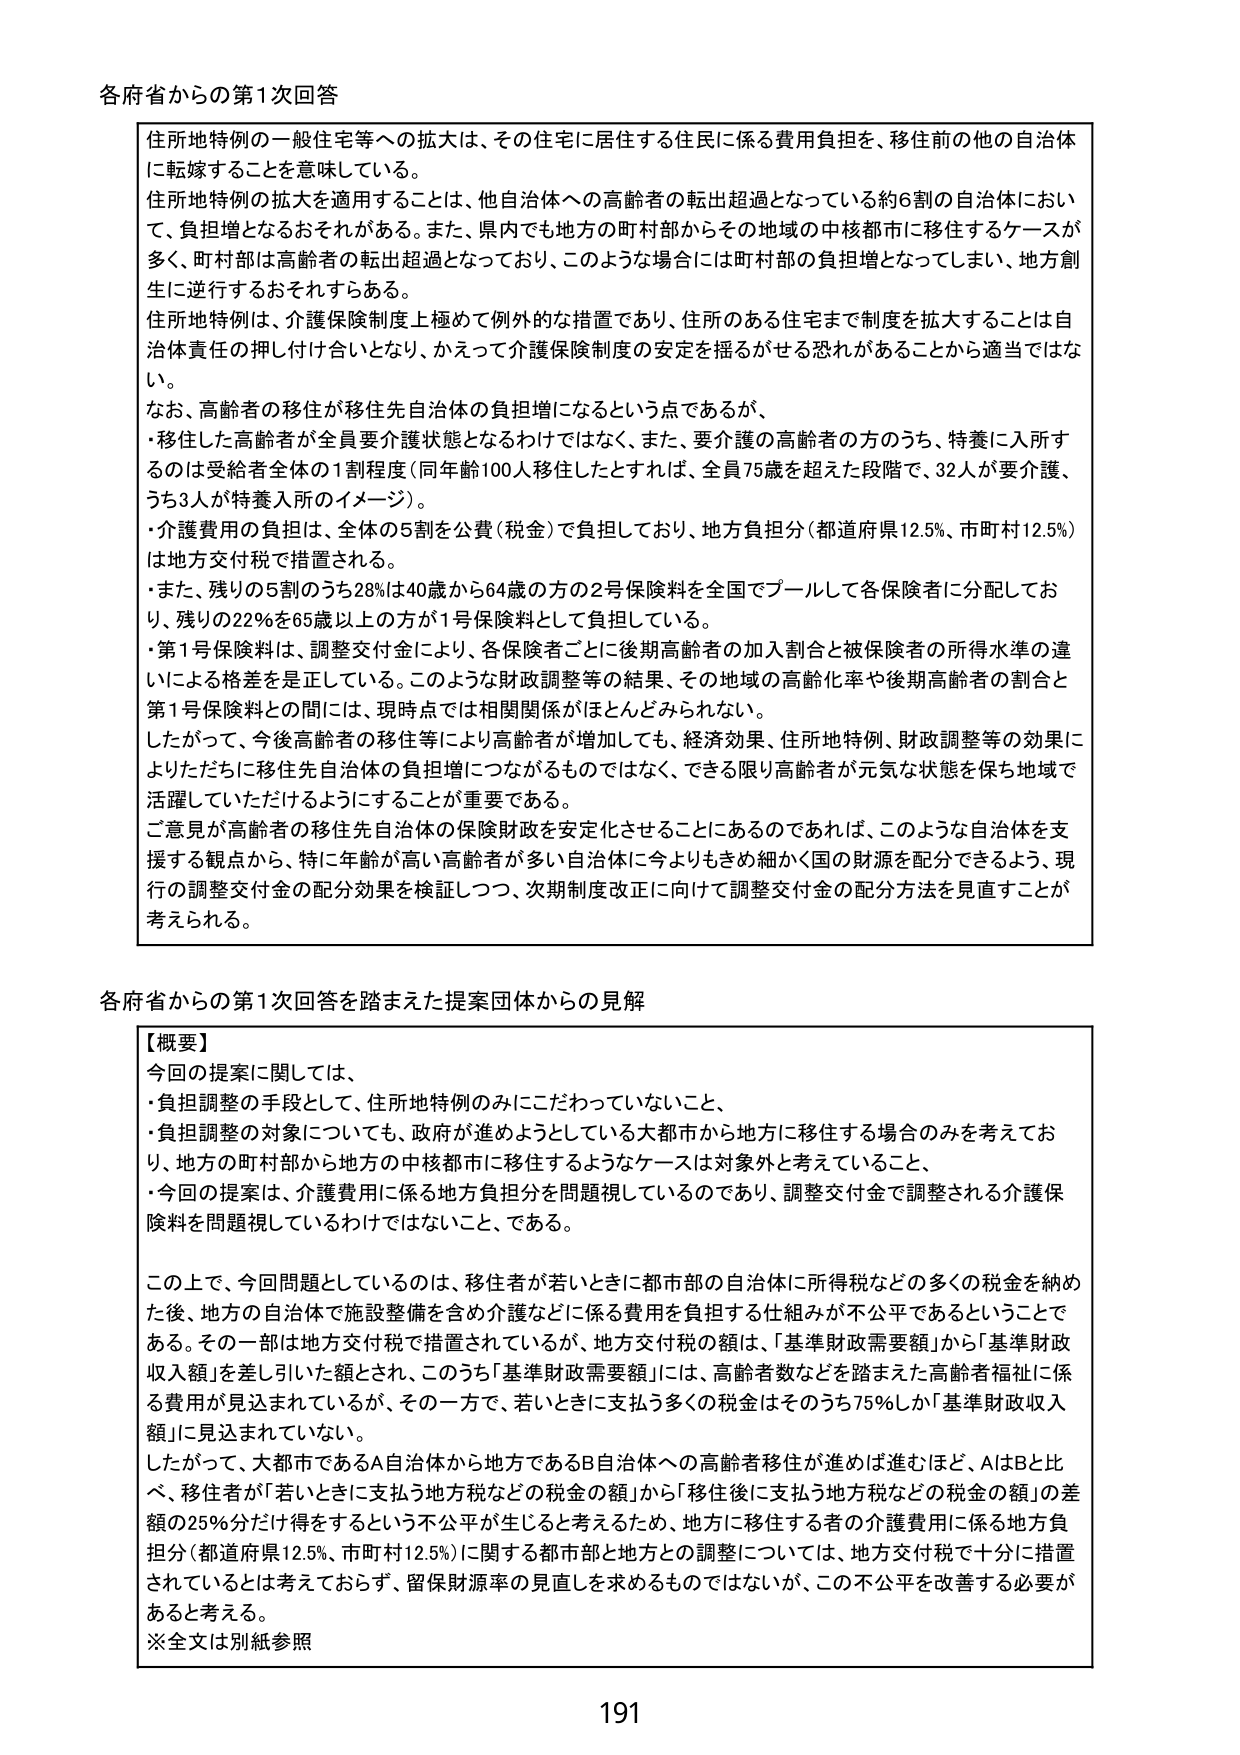
各府省からの第1次回答

住所地特例の一般住宅等への拡大は、その住宅に居住する住民に係る費用負担を、移住前の他の自治体に転嫁することを意味している。
住所地特例の拡大を適用することは、他自治体への高齢者の転出超過となっている約6割の自治体において、負担増となるおそれがある。また、県内でも地方の町村部からその地域の中核都市に移住するケースが多く、町村部は高齢者の転出超過となっており、このような場合には町村部の負担増となってしまい、地方創生に逆行するおそれもある。
住所地特例は、介護保険制度上極めて例外的な措置であり、住所のある住宅まで制度を拡大することは自治体責任の押し付け合いとなり、かえって介護保険制度の安定を揺るがせる恐れがあることから適当ではない。
なお、高齢者の移住が移住先自治体の負担増になるという点であるが、
・移住した高齢者が全員要介護状態となるわけではなく、また、要介護の高齢者の方のうち、特養に入所するのは受給者全体の1割程度（同年齢100人移住したとすれば、全員75歳を超えた段階で、32人が要介護、うち3人が特養入所のイメージ）。
・介護費用の負担は、全体の5割を公費（税金）で負担しており、地方負担分（都道府県12.5%、市町村12.5%）は地方交付税で措置される。
・また、残り5割のうち28%は40歳から64歳の方の2号保険料を全国でプールして各保険者に分配しており、残りの22%を65歳以上の方が1号保険料として負担している。
・第1号保険料は、調整交付金により、各保険者ごとに後期高齢者の加入割合と被保険者の所得水準の違いによる格差を是正している。このような財政調整等の結果、その地域の高齢化率や後期高齢者の割合と第1号保険料との間には、現時点では相関関係がほとんどみられない。
したがって、今後高齢者の移住等により高齢者が増加しても、経済効果、住所地特例、財政調整等の効果によりただちに移住先自治体の負担増につながるものではなく、できる限り高齢者が元気な状態を保ち地域で活躍していただけるようにすることが重要である。
ご意見が高齢者の移住先自治体の保険財政を安定化させることにあるのであれば、このような自治体を支援する観点から、特に年齢が高い高齢者が多い自治体に今よりもきめ細かく国の財源を配分できるよう、現行の調整交付金の配分効果を検証しつつ、次期制度改正に向けて調整交付金の配分方法を見直すことが考えられる。

各府省からの第1次回答を踏まえた提案団体からの見解

【概要】
今回の提案に関しては、
・負担調整の手段として、住所地特例のみにこだわっていないこと、
・負担調整の対象についても、政府が進めようとしている大都市から地方に移住する場合のみを考えており、地方の町村部から地方の中核都市に移住するようなケースは対象外と考えていること、
・今回の提案は、介護費用に係る地方負担分を問題視しているのであり、調整交付金で調整される介護保険料を問題視しているわけではないこと、である。

この上で、今回問題としているのは、移住者が若いうちに都市部の自治体に所得税などの多くの税金を納めた後、地方の自治体で施設整備を含め介護などに係る費用を負担する仕組みが不公平であるということである。その一部は地方交付税で措置されているが、地方交付税の額は、「基準財政需要額」から「基準財政収入額」を差し引いた額とされ、このうち「基準財政需要額」には、高齢者数などを踏まえた高齢者福祉に係る費用が見込まれているが、その一方で、若いうちに支払う多くの税金はそのうち75%しか「基準財政収入額」に見込まれていない。
したがって、大都市であるA自治体から地方であるB自治体への高齢者移住が進めば進むほど、AはBと比べ、移住者が「若いうちに支払う地方税などの税金の額」から「移住後に支払う地方税などの税金の額」の差額の25%分だけ得をするという不公平が生じるため、地方に移住する者の介護費用に係る地方負担分（都道府県12.5%、市町村12.5%）に関する都市部と地方との調整については、地方交付税で十分に措置されているとは考えておらず、留保財源率の見直しを求めるものではないが、この不公平を改善する必要があると考える。
※全文は別紙参照

191